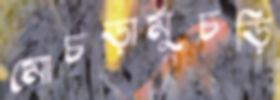
মোচড়ামুচড়ি